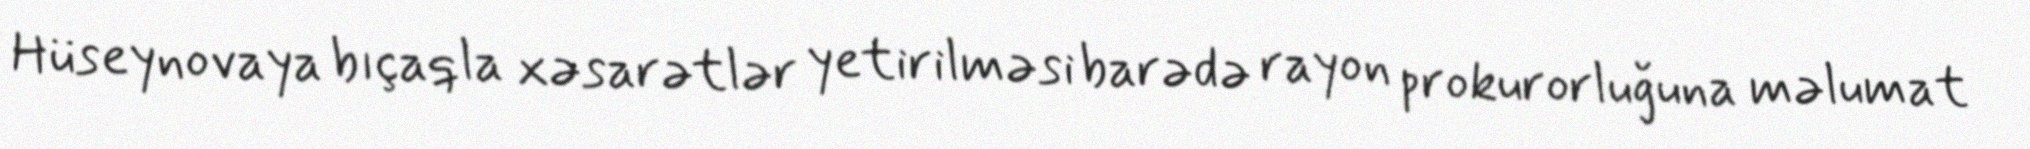
Hüseynovaya bıçaqla xəsarətlər yetirilməsi barədə rayon prokurorluğuna məlumat